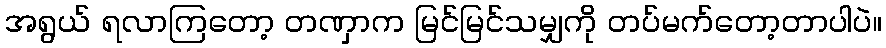
အရွယ် ရလာကြတော့ တဏှာက မြင်မြင်သမျှကို တပ်မက်တော့တာပါပဲ။